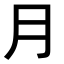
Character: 月